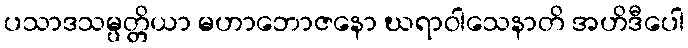
ပသာဒသမ္ပတ္တိယာ မဟာဘောဇနော ဃရာဝါသေနာတိ အဟိဒီပေါ